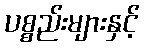
ပစ္စည်းများနှင့်